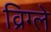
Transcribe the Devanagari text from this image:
व्रिग्ले